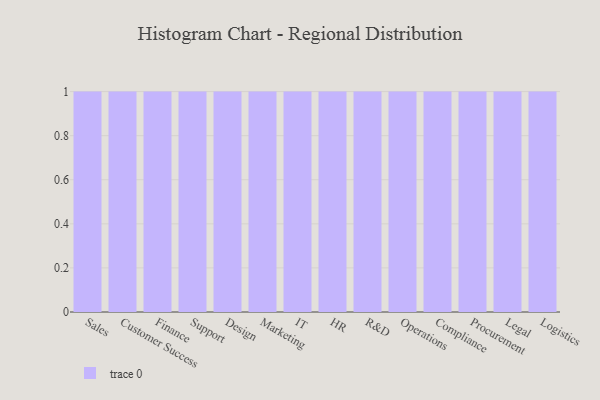
{"axis": {"x": "Department", "y": "Energy Usage (MWh)"}, "legend": [""], "data": [{"x": "Sales", "y": 24, "type": ""}, {"x": "Customer Success", "y": 75, "type": ""}, {"x": "Finance", "y": 72, "type": ""}, {"x": "Support", "y": 77, "type": ""}, {"x": "Design", "y": 86, "type": ""}, {"x": "Marketing", "y": 1, "type": ""}, {"x": "IT", "y": 67, "type": ""}, {"x": "HR", "y": 33, "type": ""}, {"x": "R&D", "y": 89, "type": ""}, {"x": "Operations", "y": 39, "type": ""}, {"x": "Compliance", "y": 63, "type": ""}, {"x": "Procurement", "y": 71, "type": ""}, {"x": "Legal", "y": 61, "type": ""}, {"x": "Logistics", "y": 44, "type": ""}]}